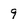
Character: 9